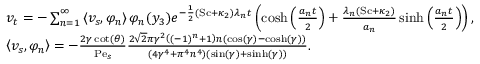
\begin{array} { r l } & { v _ { t } = - \sum _ { n = 1 } ^ { \infty } \left\langle v _ { s } , \varphi _ { n } \right\rangle \varphi _ { n } ( y _ { 3 } ) e ^ { - \frac { 1 } { 2 } ( \mathrm { S c } + \kappa _ { 2 } ) \lambda _ { n } t } \left( \cosh \left( \frac { a _ { n } t } { 2 } \right) + \frac { \lambda _ { n } \left( \mathrm { S c } + \kappa _ { 2 } \right) } { a _ { n } } \sinh \left( \frac { a _ { n } t } { 2 } \right) \right) , } \\ & { \left\langle v _ { s } , \varphi _ { n } \right\rangle = - \frac { 2 \gamma \cot ( \theta ) } { \mathrm { P e } _ { s } } \frac { 2 \sqrt { 2 } \pi \gamma ^ { 2 } \left( ( - 1 ) ^ { n } + 1 \right) n ( \cos ( \gamma ) - \cosh ( \gamma ) ) } { \left( 4 \gamma ^ { 4 } + \pi ^ { 4 } n ^ { 4 } \right) ( \sin ( \gamma ) + \sinh ( \gamma ) ) } . } \end{array}